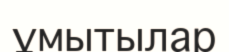
ұмытылар